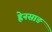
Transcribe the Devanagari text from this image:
ह्वेनसाङ